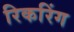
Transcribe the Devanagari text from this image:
रिकरिंग